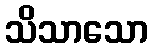
သိသာသော